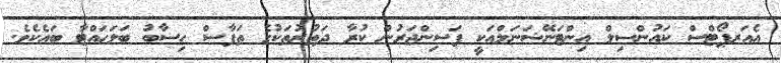
އެއަރޕޯޓްސް ކައުންސިލް އިންޓަނޭޝަނަލްއަކީ ފަސިންޖަރުން ކުރާ ދަތުރުތަކުގެ ތަފާސް ހިސާބު ބަލަހައްޓާ ބައެކެވެ.